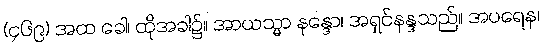
(၄၆၉) အထ ခေါ၊ ထိုအခါ၌။ အာယသ္မာ နန္ဒော၊ အရှင်နန္ဒသည်။ အပရေန၊